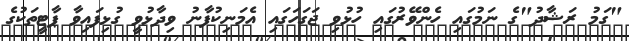
"ގަމު ރަޝާދު"ގެ ނަމުގައި ހެންވޭރުގައި ހުޅުވި ޖަގަހަގައި އެމަނިކުފާނު ވިދާޅުވީ ގުޅިފައިވާ ޕާޓީތަކުގެ